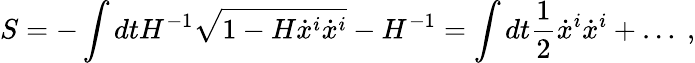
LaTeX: S=-\int dtH^{-1}\sqrt{1-H\dot{x}^{i}\dot{x}^{i}}-H^{-1}=\int dt{\frac{1}{2}}\dot{x}^{i}\dot{x}^{i}+\ldots\ ,